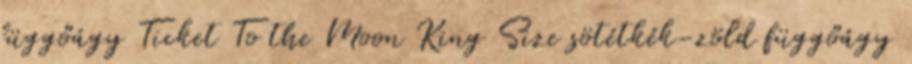
függőágy Ticket To the Moon King Size sötétkék-zöld függőágy